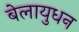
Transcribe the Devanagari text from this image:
बेलायुधन